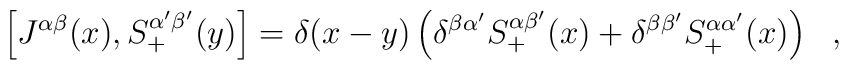
\left[J^{\alpha\beta}(x),S_+^{\alpha'\beta'}(y)\right]=\delta(x-y)\left(\delta^{\beta\alpha'}S_+^{\alpha\beta'}(x) + \delta^{\beta\beta'}S_+^{\alpha\alpha'}(x)\right)~~,